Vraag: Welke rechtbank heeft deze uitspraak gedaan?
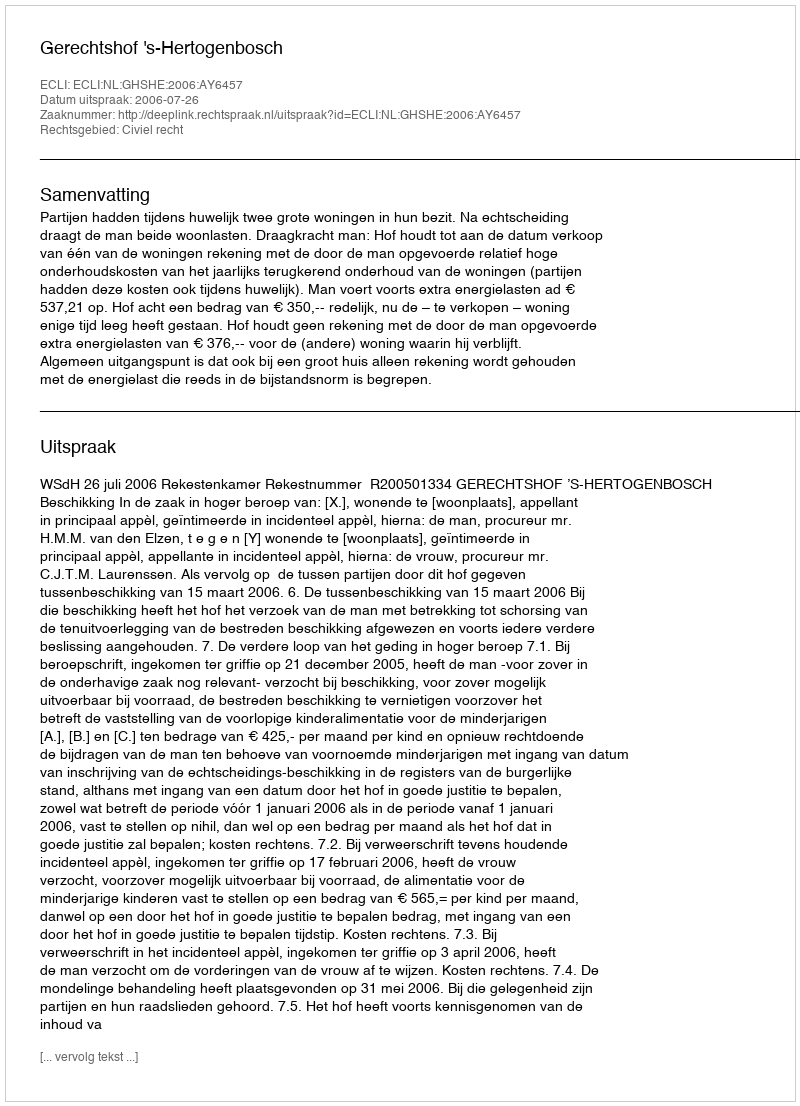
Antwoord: Gerechtshof 's-Hertogenbosch